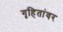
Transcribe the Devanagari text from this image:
गृहितांवर